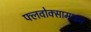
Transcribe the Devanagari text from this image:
फ्लवोक्सामाइन